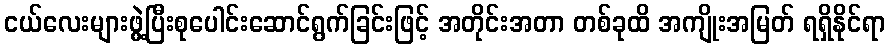
ငယ်လေးများဖွဲ့ပြီးစုပေါင်းဆောင်ရွက်ခြင်းဖြင့် အတိုင်းအတာ တစ်ခုထိ အကျိုးအမြတ် ရရှိနိုင်ရာ